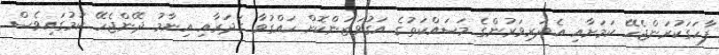
ފާހަގަކުރަންޖެހޭ ކަމަށާއި އެދަރިވަރުންގެ މަސައްކަތުގެ އަގުވަޒަންކޮށް ހައްގުވާ ގަދަރާއި އިނާމު ދޭންޖެހޭ ކަަމުގައިވެސް